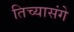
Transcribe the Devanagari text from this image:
तिच्यासंगे